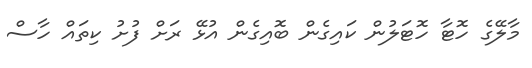
މާލޭގެ ހޮޓާ ހޮޓަލުން ކައިގެން ބޮއިގެން އުޅޭ ރަށް ފުށު ކިތައް ހާސް